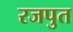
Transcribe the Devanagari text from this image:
रजपुत